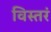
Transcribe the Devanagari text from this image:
विस्तरं